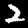
Digit: 2